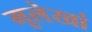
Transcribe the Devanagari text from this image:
मूलेखां